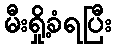
မီးရှို့ခံရပြီး